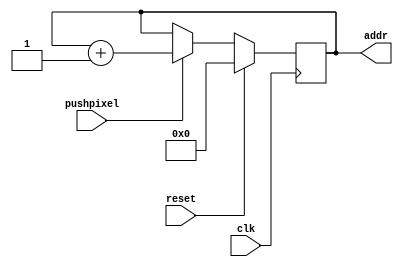
`timescale 1ns / 1ps
//////////////////////////////////////////////////////////////////////////////////
// Company: 
// Engineer: 
// 
// Design Name: 
// Module Name: addr_counter
// Project Name: 
// Target Devices: 
// Tool Versions: 
// Description: 
// 
// Dependencies: 
// 
// Revision:
// Revision 0.01 - File Created
// Additional Comments:
// 
//////////////////////////////////////////////////////////////////////////////////


module addr_counter(clk,reset,pushpixel,addr);
    
    input clk;
    input reset;
    input pushpixel;
    
    output reg [10:0] addr;
    
    always @ (posedge clk) begin
        if (reset)
            addr <= 11'b000_0000_0000;
        else if (pushpixel)
            addr <= addr + 11'b000_0000_0001;
        else 
            addr <= addr;
        end
    
    
endmodule